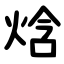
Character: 焓